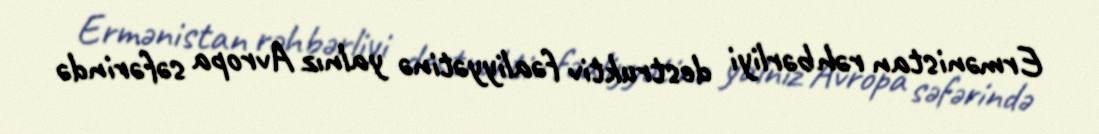
Ermənistan rəhbərliyi destruktiv fəaliyyətinə yalnız Avropa səfərində